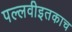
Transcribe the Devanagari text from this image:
पल्लवीइतकाच